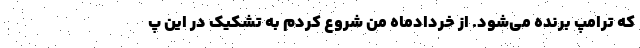
که ترامپ برنده می‌شود. از خردادماه من شروع کردم به تشکیک در این پ